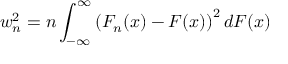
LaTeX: w _ { n } ^ { 2 } = n \int _ { - \infty } ^ { \infty } \left( F _ { n } ( x ) - F ( x ) \right) ^ { 2 } d F ( x )